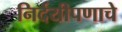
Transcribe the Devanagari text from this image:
निर्दयीपणाचे